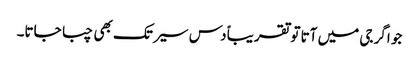
جو اگر جی میں آتا تو تقریباً دس سیر تک بھی چبا جاتا۔